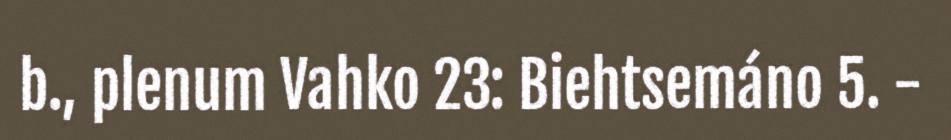
b., plenum Vahko 23: Biehtsemáno 5. -